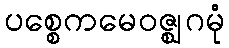
ပစ္စေကမေဝဇ္ဈဂမုံ